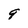
Character: 9